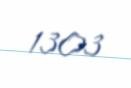
1303